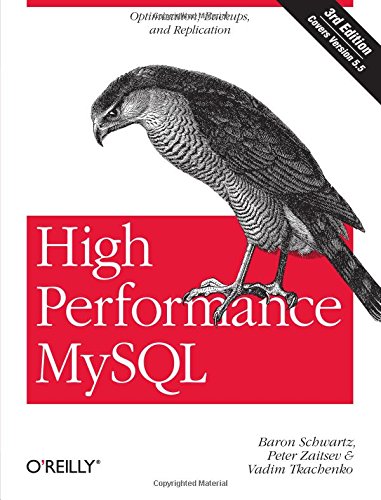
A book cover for High Performance MySQL: Optimization, Backups, and Replication; Baron Schwartz; Computers & Technology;